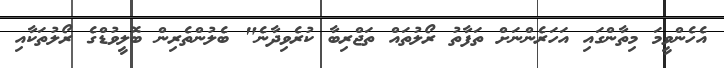
އެހެންވީމަ މިތާންގައި އަހަރެންނަށް ތަފާތު ރޯލުތައް ތަޖްރިބާ ކުރެވިދާނެ" ބެލުންތެރިން ބޮލީވުޑްގެ ރޯލުތަކާއި